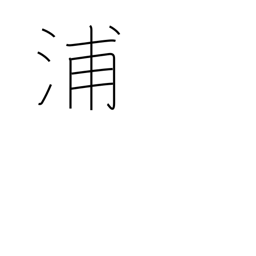
Meaning: creek